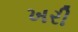
ખરી